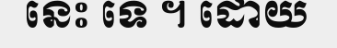
នេះ ទេ ។ ដោយ